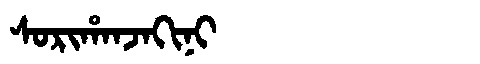
Manchu: ᠰᠣᡵᡳᡥᠠᠨᠵᠠᡴᡳᠨᡳ
Romanization: SORIHANJAKINI